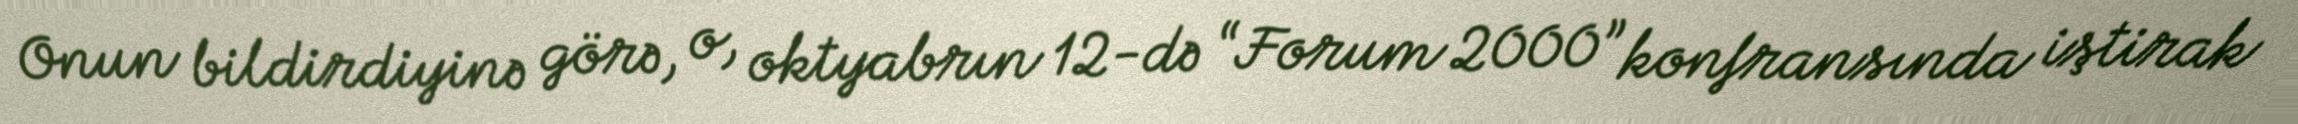
Onun bildirdiyinə görə, o, oktyabrın 12-də “Forum 2000” konfransında iştirak